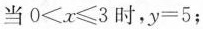
当$$0<x\leqslant 3$$时，$$y=5$$；